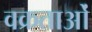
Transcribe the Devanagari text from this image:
वक्रताओं